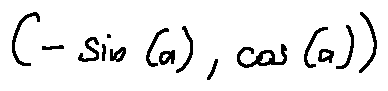
( - \sin ( a ) , \cos ( a ) )